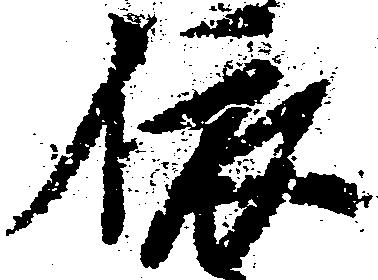
依